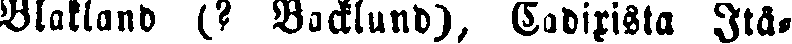
Blakland (? Backlund), Cadixista Itä-